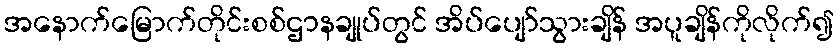
အနောက်မြောက်တိုင်းစစ်ဌာနချုပ်တွင် အိပ်ပျော်သွားချိန် အပူချိန်ကိုလိုက်၍